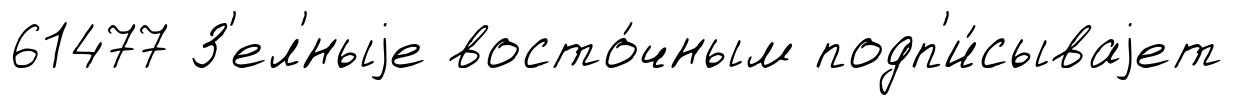
61477 З'ел'́ныjе восто́чным подп'и́сываjет